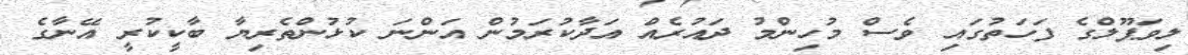
ލިވަޕޫލްގެ ފަހަތުގައި ވެސް މުހިންމު ދައުރެއް އަދާކުރަމުން އަންނަ ކުޅުންތެރިޔާ ބާކީކުރީ އޭނާގެ